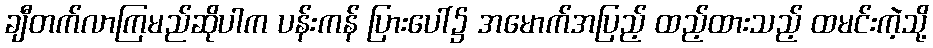
ချီတက်လာကြမည်ဆိုပါက ပန်းကန် ပြားပေါ်၌ အမောက်အပြည့် ထည့်ထားသည့် ထမင်းကဲ့သို့